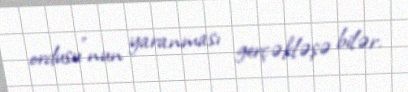
ordusu”nun yaranması gerçəkləşə bilər.